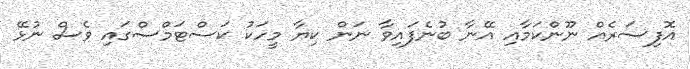
އޮފިސަރެއް ނޫންކަމާއި އޭނާ ބުނެފައިވާ ނަން ކިޔާ މީހަކު ކަސްޓަމްސްގައި ވެސް ނުޅޭ